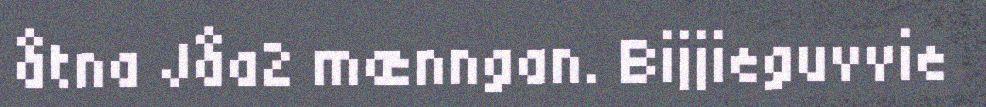
åtna Jåa2 mænngan. Bijjieguvvie